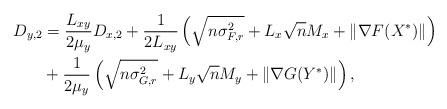
LaTeX: \begin{align*}D_{y, 2} &=\frac{L_{xy}}{2\mu_{y}}D_{x,2}+ \frac{1}{2L_{xy}}\left(\sqrt{n\sigma_{F,r}^2} + L_{x}\sqrt{n}M_x+\|\nabla F(X^*)\| \right)\\&+\frac{1}{2\mu_{y}}\left(\sqrt{n\sigma_{G,r}^2} + L_{y}\sqrt{n}M_y+\|\nabla G(Y^*)\| \right),\end{align*}